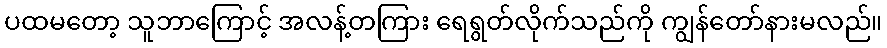
ပထမတော့ သူဘာကြောင့် အလန့်တကြား ရေရွတ်လိုက်သည်ကို ကျွန်တော်နားမလည်။